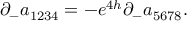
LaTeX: \partial _ { - } a _ { 1 2 3 4 } = - e ^ { 4 h } \partial _ { - } a _ { 5 6 7 8 } .